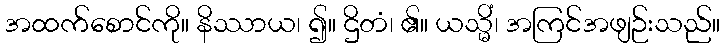
အထက်စောင်ကို။ နိဿာယ၊ ၍။ ဌိတံ၊ ၏။ ယသ္မိံ၊ အကြင်အဖျဉ်းသည်။